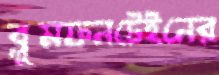
ব্লুমফনটেইনের